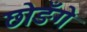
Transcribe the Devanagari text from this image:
छोङँगे